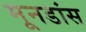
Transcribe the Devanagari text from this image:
मूनडांस